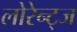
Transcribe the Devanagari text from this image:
लोरेन्ट्ज